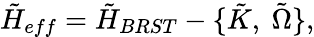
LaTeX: {\tilde{H}}_{eff}={\tilde{H}}_{BRST}-\{ \tilde{K},\ \tilde{\Omega}\} ,